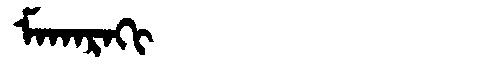
Manchu: ᠮᠠᡴᠠᡵᠠᡴᡳ
Romanization: MAKARAKI